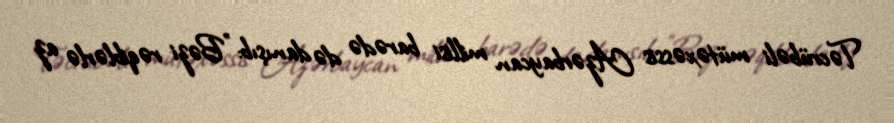
Təcrübəli mütəxəssis Azərbaycan millisi barədə də danışıb: "Bəzi rəqiblərlə az